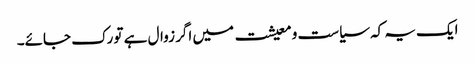
ایک یہ کہ سیاست و معیشت میں اگر زوال ہے تو رک جائے۔